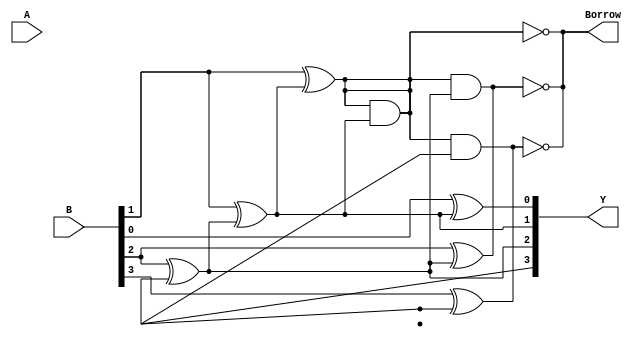
module gate_level_subtractor (
    input wire [3:0] A,
    input wire [3:0] B,
    output wire [3:0] Y,
    output wire Borrow
);

// Stage 1
xor #3 x1 (A[0], B[0], Y[0]);
and #3 a1 (A[0], ~Borrow, Y[0]);
and #3 a2 (~A[0], B[0], Borrow);

// Stage 2
xor #3 x2 (A[1], B[1], Y[1]);
xor #3 x3 (Y[0], B[0], Y[1]);
and #3 a3 (A[1], ~Borrow, Y[1]);
and #3 a4 (~A[1], Borrow, Borrow);

// Stage 3
xor #3 x4 (A[2], B[2], Y[2]);
xor #3 x5 (Y[1], B[1], Y[2]);
and #3 a5 (A[2], ~Borrow, Y[2]);
and #3 a6 (~A[2], Borrow, Borrow);

// Stage 4
xor #3 x6 (A[3], B[3], Y[3]);
xor #3 x7 (Y[2], B[2], Y[3]);
and #3 a7 (A[3], ~Borrow, Y[3]);
and #3 a8 (~A[3], Borrow, Borrow);

endmodule